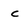
Character: c